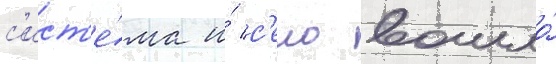
с'ист'е́ма и́ с'ело вошло́